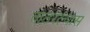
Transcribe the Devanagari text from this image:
ताठरल्यास